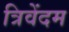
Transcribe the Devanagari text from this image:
त्रिवेंदम